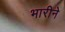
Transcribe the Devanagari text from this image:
भारीने